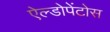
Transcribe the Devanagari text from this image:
ऐल्डोपेंटोस